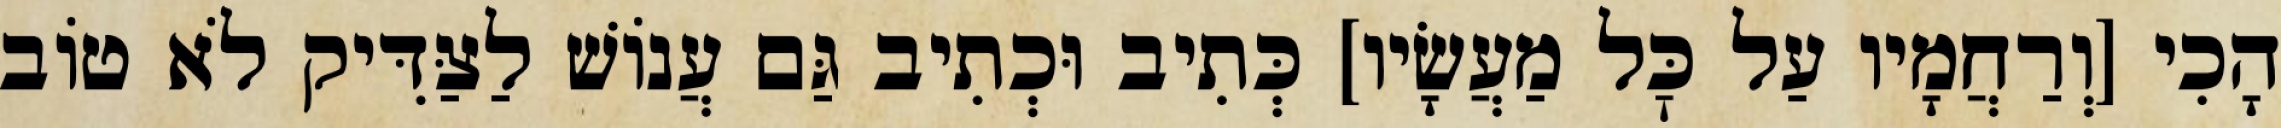
הָכִי [וְרַחֲמָיו עַל כׇּל מַעֲשָׂיו] כְּתִיב וּכְתִיב גַּם עֲנוֹשׁ לַצַּדִּיק לֹא טוֹב